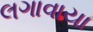
લગાવાયા